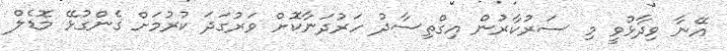
އޭނާ ވިދާޅުވީ މި ސަރުކާރުން އިގްތިސާދު ހަރުދަނާކޮށް ވަރުގަދަ ކުރުމަށް ގެންގުޅޭ މޮޑެލް